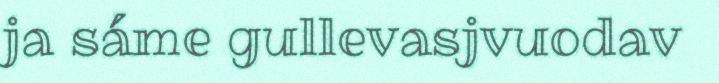
ja sáme gullevasjvuodav